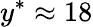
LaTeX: y^{*}\approx 18